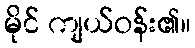
မိုင် ကျယ်ဝန်း၏။